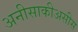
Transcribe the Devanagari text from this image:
अनीसाकीअसीस